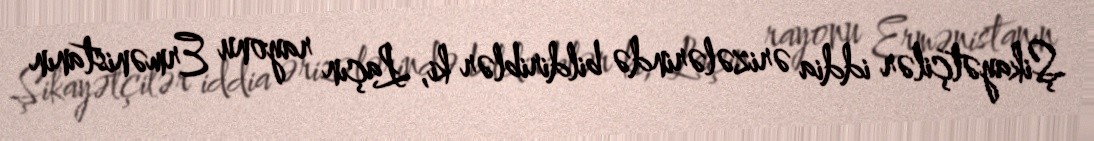
Şikayətçilər iddia ərizələrində bildiriblər ki, Laçın rayonu Ermənistanın